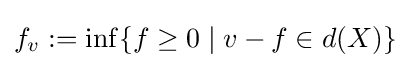
f_{v}:=\inf\{f\geq 0\mid v-f\in d(X)\}